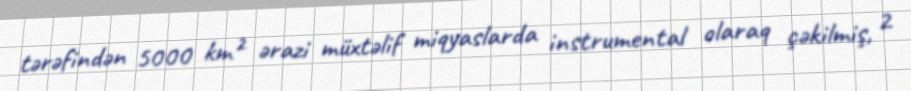
tərəfindən 5000 km² ərazi müxtəlif miqyaslarda instrumental olaraq çəkilmiş, 2